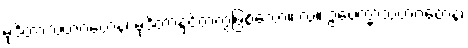
မုဒိတာသဟဂတေန၊ မုဒိတာနှင့်တကွဖြစ်သော။ လ။ ဥပေက္ခာသဟဂတေန၊